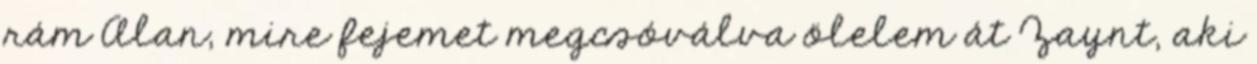
rám Alan, mire fejemet megcsóválva ölelem át Zaynt, aki